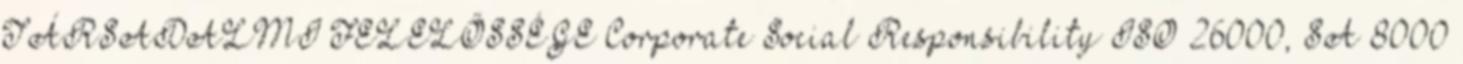
TÁRSADALMI FELELŐSSÉGE Corporate Social Responsibility ISO 26000, SA 8000